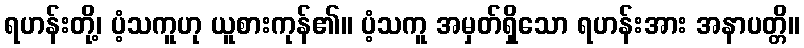
ရဟန်းတို့၊ ပံ့သကူဟု ယူစားကုန်၏။ ပံ့သကူ အမှတ်ရှိသော ရဟန်းအား အနာပတ္တိ။